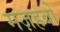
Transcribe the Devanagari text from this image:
मज़हबों